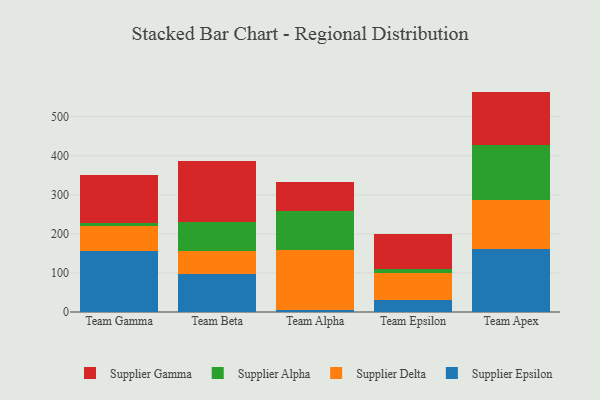
{"axis": {"x": "Team", "y": "Customer Acquisition Cost (USD)"}, "legend": ["Supplier Alpha", "Supplier Delta", "Supplier Epsilon", "Supplier Gamma"], "data": [{"x": "Team Gamma", "y": 156.7, "type": "Supplier Epsilon"}, {"x": "Team Gamma", "y": 64.6, "type": "Supplier Delta"}, {"x": "Team Gamma", "y": 7.2, "type": "Supplier Alpha"}, {"x": "Team Gamma", "y": 122.1, "type": "Supplier Gamma"}, {"x": "Team Beta", "y": 98.4, "type": "Supplier Epsilon"}, {"x": "Team Beta", "y": 58.1, "type": "Supplier Delta"}, {"x": "Team Beta", "y": 75.1, "type": "Supplier Alpha"}, {"x": "Team Beta", "y": 154.7, "type": "Supplier Gamma"}, {"x": "Team Alpha", "y": 6.3, "type": "Supplier Epsilon"}, {"x": "Team Alpha", "y": 152.8, "type": "Supplier Delta"}, {"x": "Team Alpha", "y": 98.6, "type": "Supplier Alpha"}, {"x": "Team Alpha", "y": 76.4, "type": "Supplier Gamma"}, {"x": "Team Epsilon", "y": 31.9, "type": "Supplier Epsilon"}, {"x": "Team Epsilon", "y": 68.7, "type": "Supplier Delta"}, {"x": "Team Epsilon", "y": 9.6, "type": "Supplier Alpha"}, {"x": "Team Epsilon", "y": 90.3, "type": "Supplier Gamma"}, {"x": "Team Apex", "y": 160.7, "type": "Supplier Epsilon"}, {"x": "Team Apex", "y": 126.5, "type": "Supplier Delta"}, {"x": "Team Apex", "y": 139.9, "type": "Supplier Alpha"}, {"x": "Team Apex", "y": 137.3, "type": "Supplier Gamma"}]}